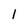
Character: 1